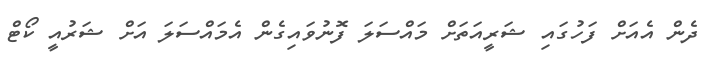
ދެން އެއަށް ފަހުގައި ޝަރީއަތަށް މައްސަލަ ފޮނުވައިގެން އެމައްސަލަ އަށް ޝަރުއީ ކޯޓް